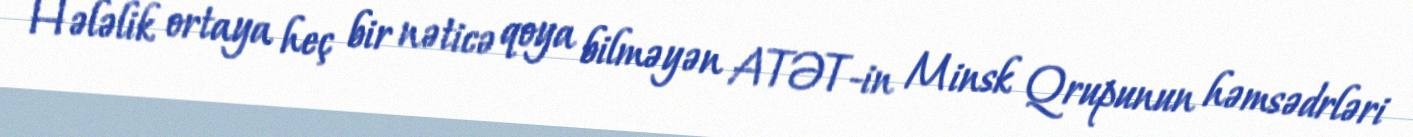
Hələlik ortaya heç bir nəticə qoya bilməyən ATƏT-in Minsk Qrupunun həmsədrləri